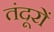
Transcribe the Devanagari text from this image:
तंदूरों